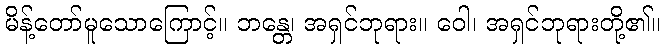
မိန့်တော်မူသောကြောင့်။ ဘန္တေ၊ အရှင်ဘုရား။ ဝေါ၊ အရှင်ဘုရားတို့၏။